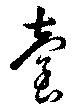
臺